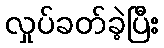
လှုပ်ခတ်ခဲ့ပြီး